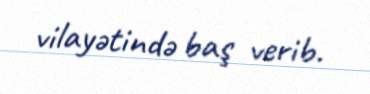
vilayətində baş verib.